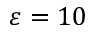
\varepsilon = 1 0